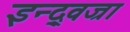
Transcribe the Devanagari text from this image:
इन्द्र्वज्रा